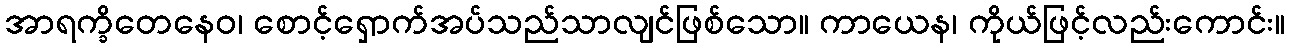
အာရက္ခိတေနေဝ၊ စောင့်ရှောက်အပ်သည်သာလျင်ဖြစ်သော။ ကာယေန၊ ကိုယ်ဖြင့်လည်းကောင်း။